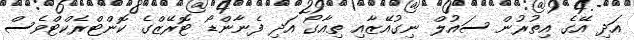
އަދި އޭގެ އިތުރުން ސައުލް ނިގުއޭޒާއި ތިއާގޯ އަދި ފެނާންޑޯ ޓޮރޭޒްގެ ކޮންޓްރެކްޓްވެސް